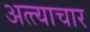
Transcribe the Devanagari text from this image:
अत्त्याचार